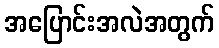
အပြောင်းအလဲအတွက်